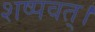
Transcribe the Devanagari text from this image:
शष्पवत्‌।